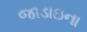
જાડાઇના